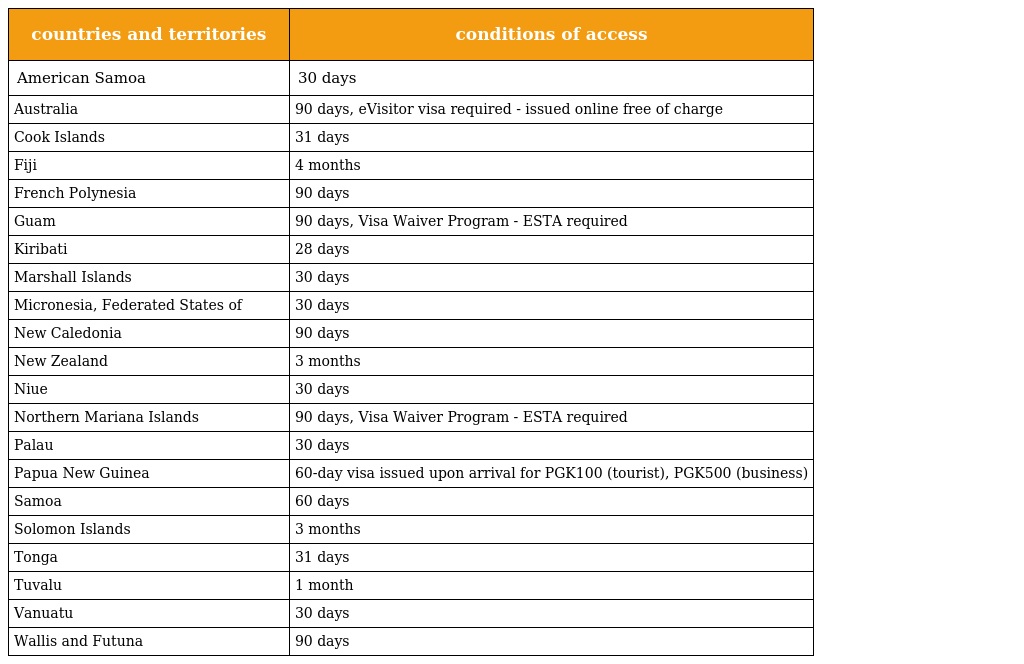
| countries and territories | conditions of access |
 | --- | --- |
 | American Samoa | 30 days |
 | Australia | 90 days, eVisitor visa required - issued online free of charge |
 | Cook Islands | 31 days |
 | Fiji | 4 months |
 | French Polynesia | 90 days |
 | Guam | 90 days, Visa Waiver Program - ESTA required |
 | Kiribati | 28 days |
 | Marshall Islands | 30 days |
 | Micronesia, Federated States of | 30 days |
 | New Caledonia | 90 days |
 | New Zealand | 3 months |
 | Niue | 30 days |
 | Northern Mariana Islands | 90 days, Visa Waiver Program - ESTA required |
 | Palau | 30 days |
 | Papua New Guinea | 60-day visa issued upon arrival for PGK100 (tourist), PGK500 (business) |
 | Samoa | 60 days |
 | Solomon Islands | 3 months |
 | Tonga | 31 days |
 | Tuvalu | 1 month |
 | Vanuatu | 30 days |
 | Wallis and Futuna | 90 days |